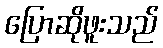
ပြောဆိုဖူးသည်